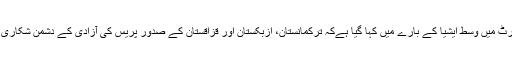
رپورٹ میں وسط ایشیا کے بارے میں کہا گیا ہےکہ تُرکمانستان، اُزبکستان اور قزاقستان کے صدور پریس کی آزادی کے دُشمن شکاری ہیں۔